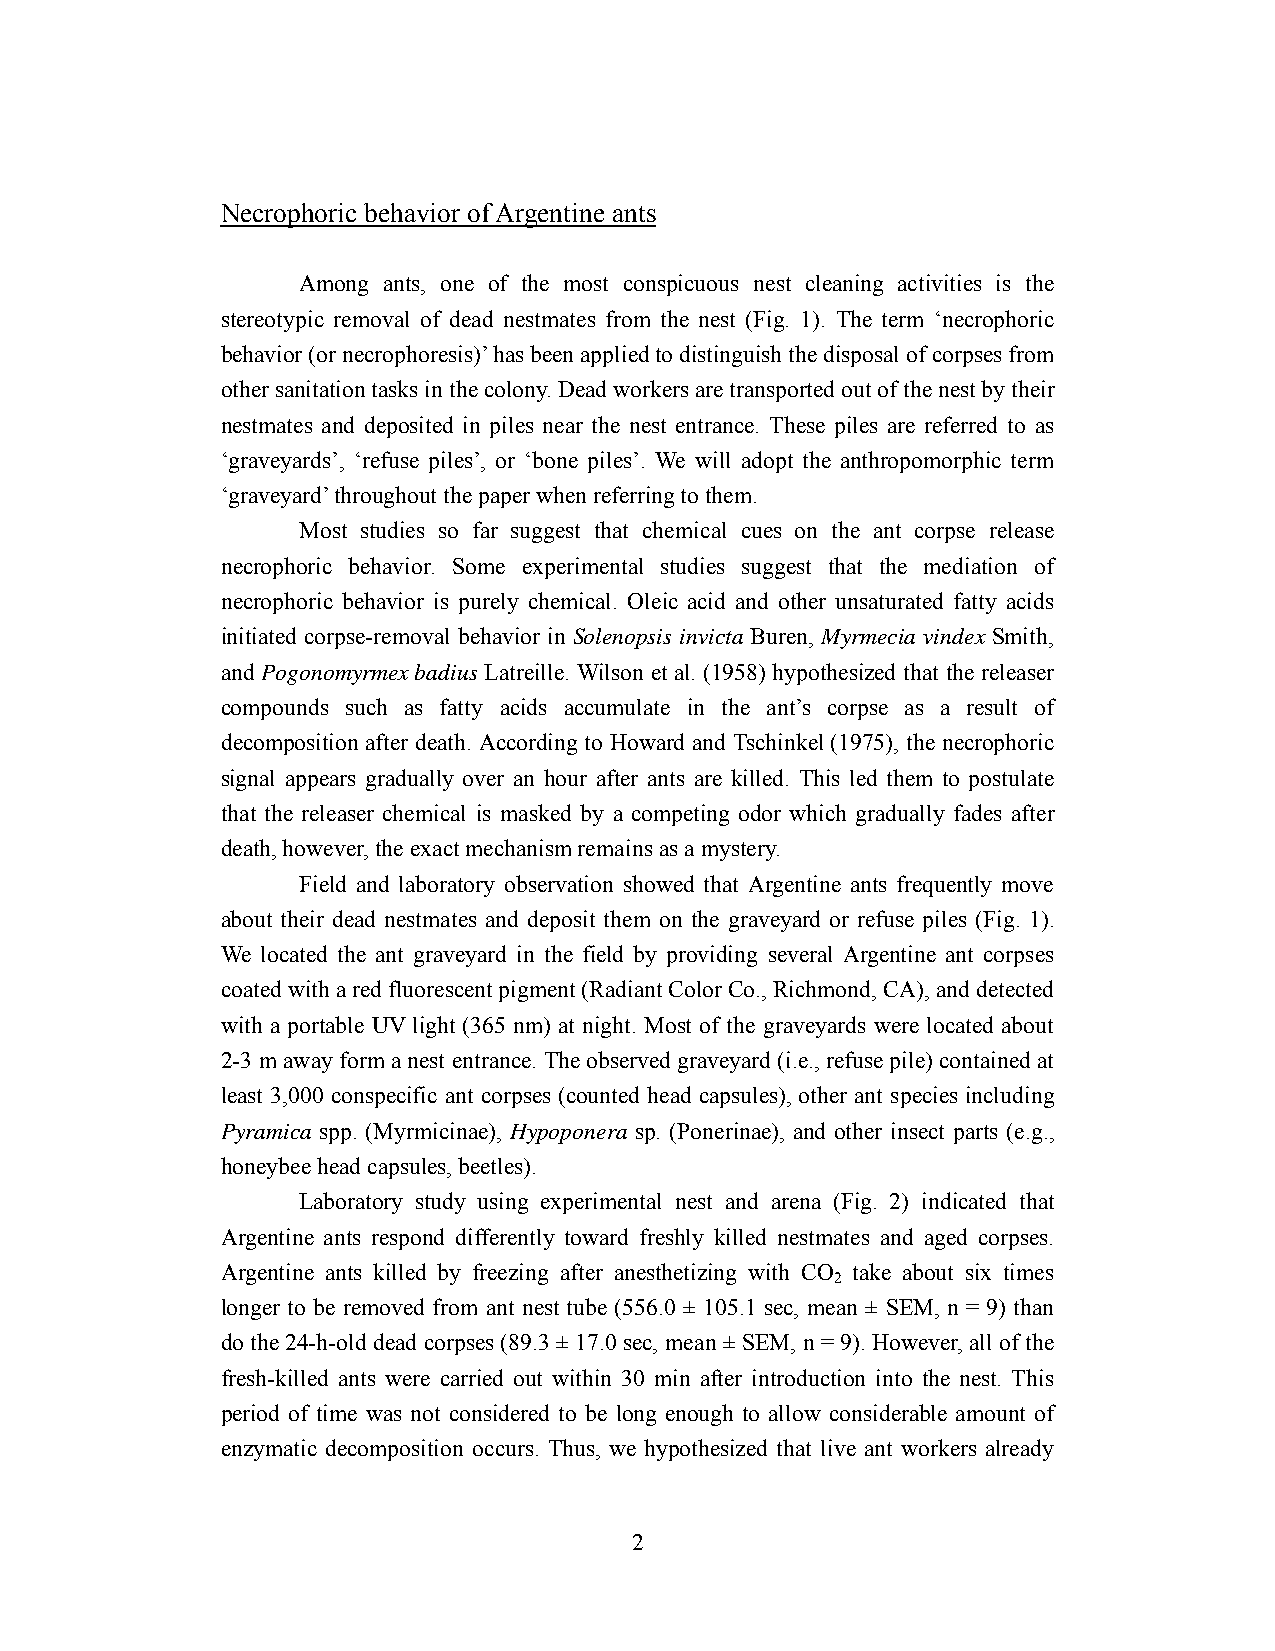
Necrophoric behavior of Argentine ants
 Among ants, one of the most conspicuous nest cleaning activities is the
 stereotypic removal of dead nestmates from the nest (Fig. 1). The term ‘necrophoric
 behavior (or necrophoresis)’ has been applied to distinguish the disposal of corpses from
 other sanitation tasks in the colony. Dead workers are transported out of the nest by their
 nestmates and deposited in piles near the nest entrance. These piles are referred to as
 ‘graveyards’, ‘refuse piles’, or ‘bone piles’. We will adopt the anthropomorphic term
 ‘graveyard’ throughout the paper when referring to them.
 Most studies so far suggest that chemical cues on the ant corpse release
 necrophoric behavior. Some experimental studies suggest that the mediation of
 necrophoric behavior is purely chemical. Oleic acid and other unsaturated fatty acids
 initiated corpse-removal behavior in Solenopsis invicta Buren, Myrmecia vindex Smith,
 and Pogonomyrmex badius Latreille. Wilson et al. (1958) hypothesized that the releaser
 compounds such as fatty acids accumulate in the ant’s corpse as a result of
 decomposition after death. According to Howard and Tschinkel (1975), the necrophoric
 signal appears gradually over an hour after ants are killed. This led them to postulate
 that the releaser chemical is masked by a competing odor which gradually fades after
 death, however, the exact mechanism remains as a mystery.
 Field and laboratory observation showed that Argentine ants frequently move
 about their dead nestmates and deposit them on the graveyard or refuse piles (Fig. 1).
 We located the ant graveyard in the field by providing several Argentine ant corpses
 coated with a red fluorescent pigment (Radiant Color Co., Richmond, CA), and detected
 with a portable UV light (365 nm) at night. Most of the graveyards were located about
 2-3 m away form a nest entrance. The observed graveyard (i.e., refuse pile) contained at
 least 3,000 conspecific ant corpses (counted head capsules), other ant species including
 Pyramica spp. (Myrmicinae), Hypoponera sp. (Ponerinae), and other insect parts (e.g.,
 honeybee head capsules, beetles).
 Laboratory study using experimental nest and arena (Fig. 2) indicated that
 Argentine ants respond differently toward freshly killed nestmates and aged corpses.
 Argentine ants killed by freezing after anesthetizing with CO take about six times
 2
 longer to be removed from ant nest tube (556.0 ± 105.1 sec, mean ± SEM, n = 9) than
 do the 24-h-old dead corpses (89.3 ± 17.0 sec, mean ± SEM, n = 9). However, all of the
 fresh-killed ants were carried out within 30 min after introduction into the nest. This
 period of time was not considered to be long enough to allow considerable amount of
 enzymatic decomposition occurs. Thus, we hypothesized that live ant workers already
 2